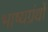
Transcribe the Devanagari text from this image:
भाष्यग्रंथों